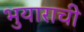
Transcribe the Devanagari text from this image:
भुयाराची